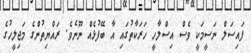
ފައިސަލް ނަސީމަކީ ވެސް އިސްލާހީ ހަރަކާތުގައި އާ ބޭފުޅެއް ނޫނެވެ. ރައްޔިތުންގެ މަޖިލީހުގެ